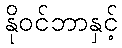
နိုဝင်ဘာနှင့်